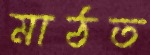
মাঠত